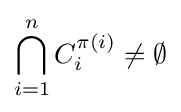
\bigcap _{i=1}^{n}C_{i}^{\pi (i)}\neq \emptyset